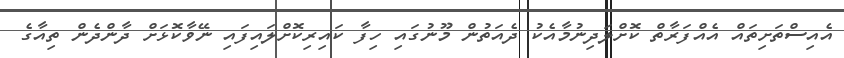
އެއިސްތަށިތައް އެއްފަރާތް ކޮށްލަދިނުމާއެކު ދެއަތުން މޫނުގައި ހިފާ ކައިރިކޮށްލައިފައި ނޭވާކޮޅަށް ދާންދެން ތިއާގެ